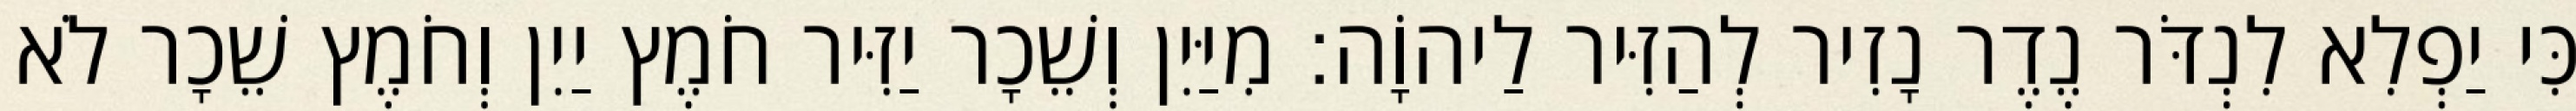
כִּי יַפְלִא לִנְדֹּר נֶדֶר נָזִיר לְהַזִּיר לַיהוָֹה׃ מִיַּיִן וְשֵׁכָר יַזִּיר חֹמֶץ יַיִן וְחֹמֶץ שֵׁכָר לֹא